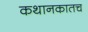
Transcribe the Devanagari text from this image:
कथानकातच